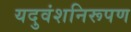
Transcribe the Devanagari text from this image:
यदुवंशनिरूपण